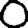
Digit: 0